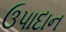
ઉપાદાન